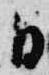
日